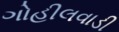
ગોહીલવાડી